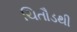
ચિતૌડથી